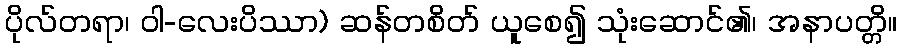
ပိုလ်တရာ၊ ဝါ-လေးပိဿာ) ဆန်တစိတ် ယူစေ၍ သုံးဆောင်၏၊ အနာပတ္တိ။